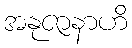
အနုဇာနာဟိ